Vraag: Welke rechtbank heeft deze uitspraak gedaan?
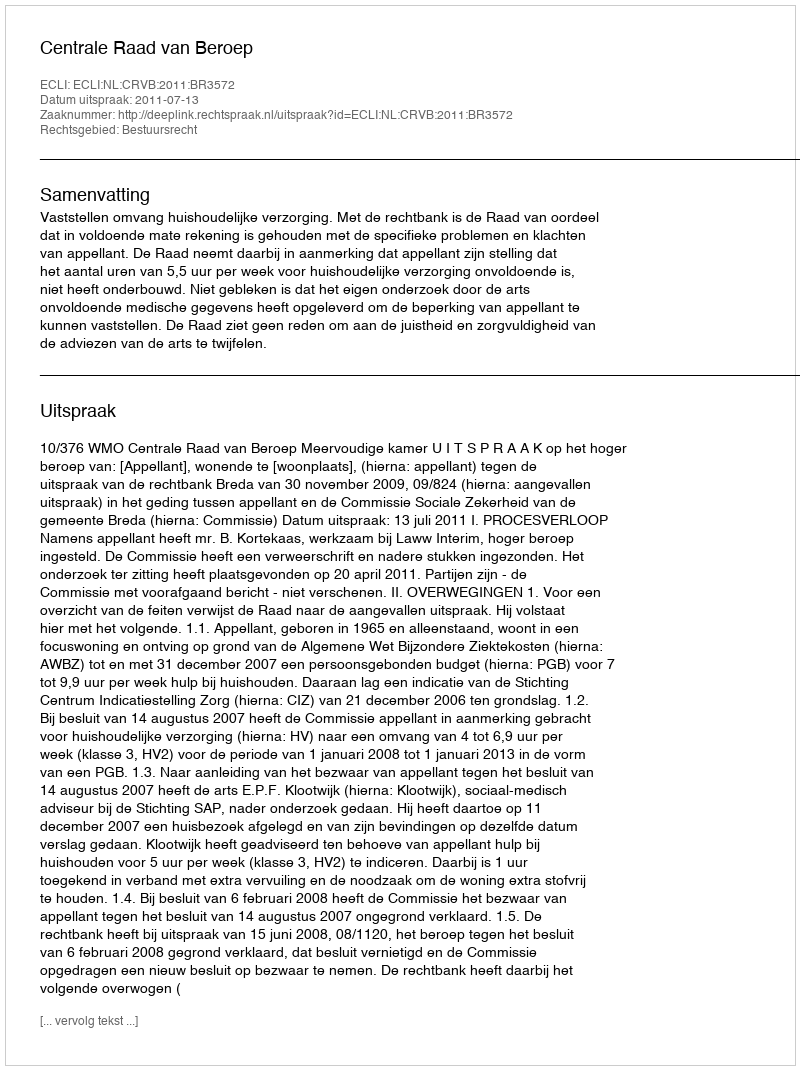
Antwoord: Centrale Raad van Beroep